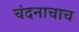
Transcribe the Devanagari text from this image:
चंदनाचाच